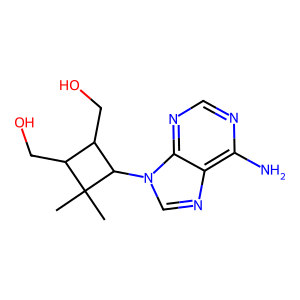
SMILES: CC1(C)C(CO)C(CO)C1n1cnc2c(N)ncnc21
Inhibits HIV replication: No